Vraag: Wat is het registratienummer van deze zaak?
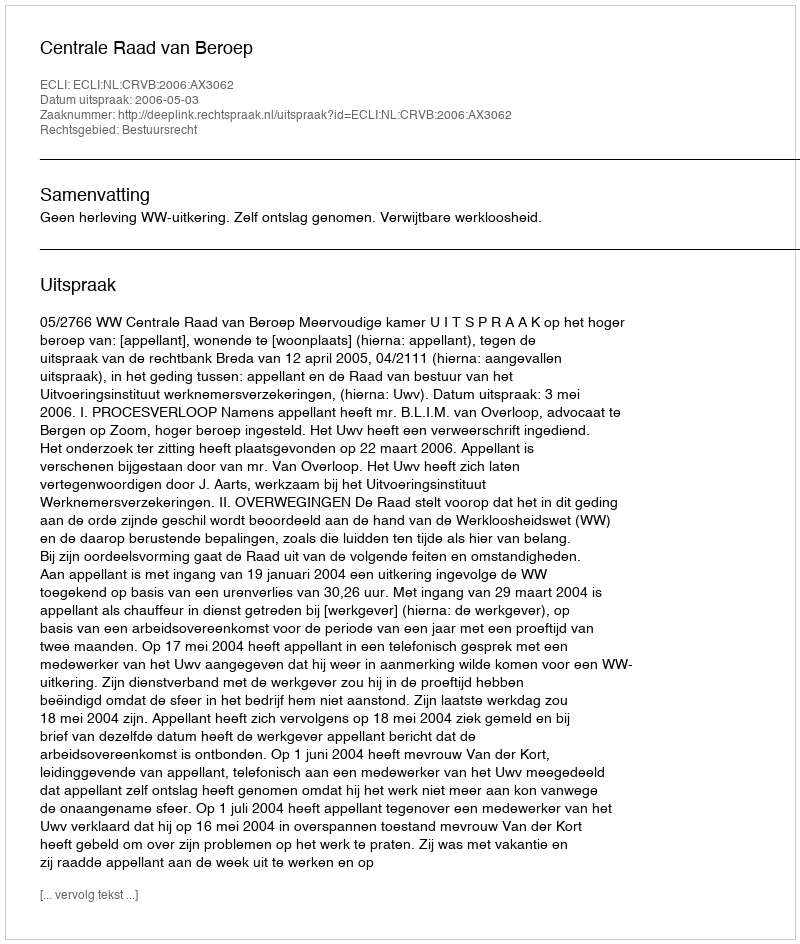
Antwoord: http://deeplink.rechtspraak.nl/uitspraak?id=ECLI:NL:CRVB:2006:AX3062